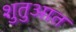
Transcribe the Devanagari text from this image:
शुतुआत